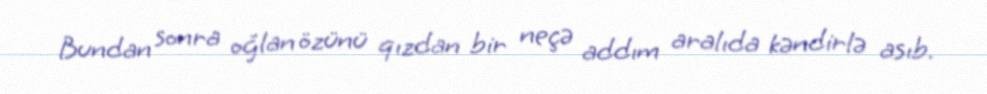
Bundan sonra oğlan özünü qızdan bir neçə addım aralıda kəndirlə asıb.